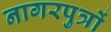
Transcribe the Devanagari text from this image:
नागरपुत्रों